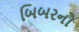
બિબરનો